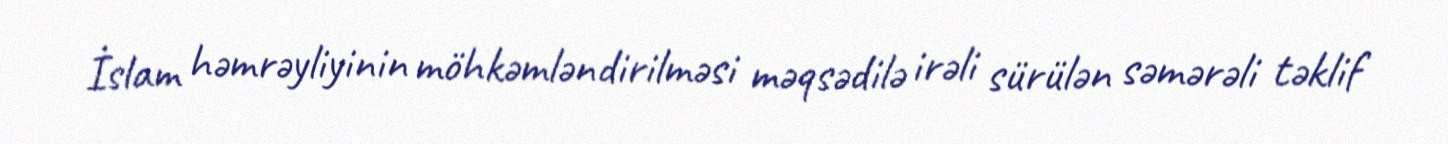
İslam həmrəyliyinin möhkəmləndirilməsi məqsədilə irəli sürülən səmərəli təklif